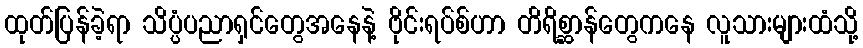
ထုတ်ပြန်ခဲ့ရာ သိပ္ပံပညာရှင်တွေအနေနဲ့ ဗိုင်းရပ်စ်ဟာ တိရိစ္ဆာန်တွေကနေ လူသားများထံသို့